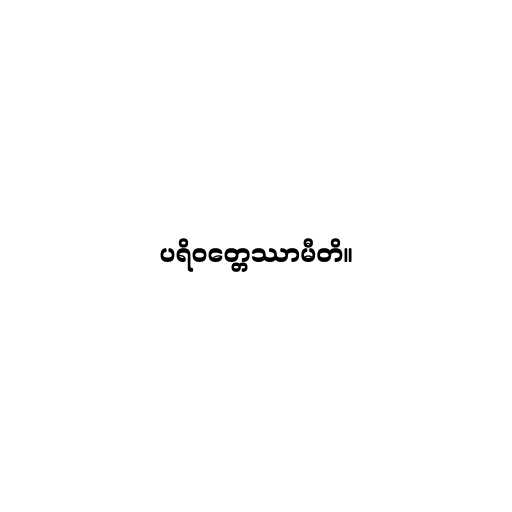
ပရိဝတ္တေဿာမီတိ။